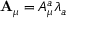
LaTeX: { \mathbf { A } } _ { \mu } = A _ { \mu } ^ { a } \lambda _ { a }